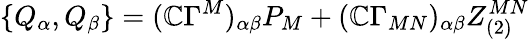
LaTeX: \{ Q_{\alpha},Q_{\beta}\} =(\mathbb{C}\Gamma^{M})_{\alpha\beta}P_{M}+(\mathbb{C}\Gamma_{MN})_{\alpha\beta}Z_{(2)}^{MN}